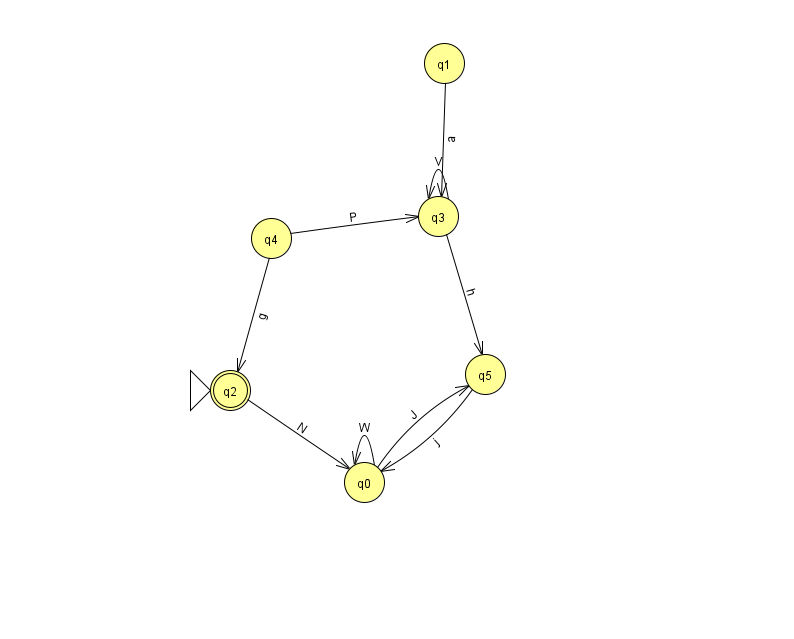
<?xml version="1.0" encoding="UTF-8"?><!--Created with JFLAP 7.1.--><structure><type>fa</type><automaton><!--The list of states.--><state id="0" name="q0"><x>364.0</x><y>469.0</y></state><state id="1" name="q1"><x>444.0</x><y>50.0</y></state><state id="2" name="q2"><x>230.0</x><y>377.0</y><initial/><final/></state><state id="3" name="q3"><x>438.0</x><y>203.0</y></state><state id="4" name="q4"><x>271.0</x><y>225.0</y></state><state id="5" name="q5"><x>485.0</x><y>361.0</y></state><!--The list of transitions.--><transition><from>1</from><to>3</to><read>a</read></transition><transition><from>2</from><to>0</to><read>N</read></transition><transition><from>3</from><to>5</to><read>h</read></transition><transition><from>0</from><to>5</to><read>J</read></transition><transition><from>5</from><to>0</to><read>j</read></transition><transition><from>3</from><to>3</to><read>V</read></transition><transition><from>4</from><to>2</to><read>g</read></transition><transition><from>0</from><to>0</to><read>W</read></transition><transition><from>4</from><to>3</to><read>P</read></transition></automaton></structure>